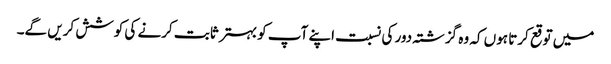
میں توقع کرتا ہوں کہ وہ گزشتہ دور کی نسبت اپنے آپ کو بہتر ثابت کرنے کی کوشش کریں گے۔